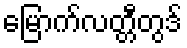
မြောက်လတ္တီတွဒ်